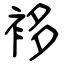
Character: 袳